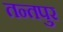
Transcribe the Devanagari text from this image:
तन्तपुर